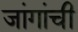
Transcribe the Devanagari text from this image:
जांगांची